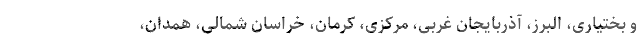
و بختیاری، البرز، آذربایجان غربی، مرکزی، کرمان، خراسان شمالی، همدان،